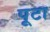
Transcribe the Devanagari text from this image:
पूटा